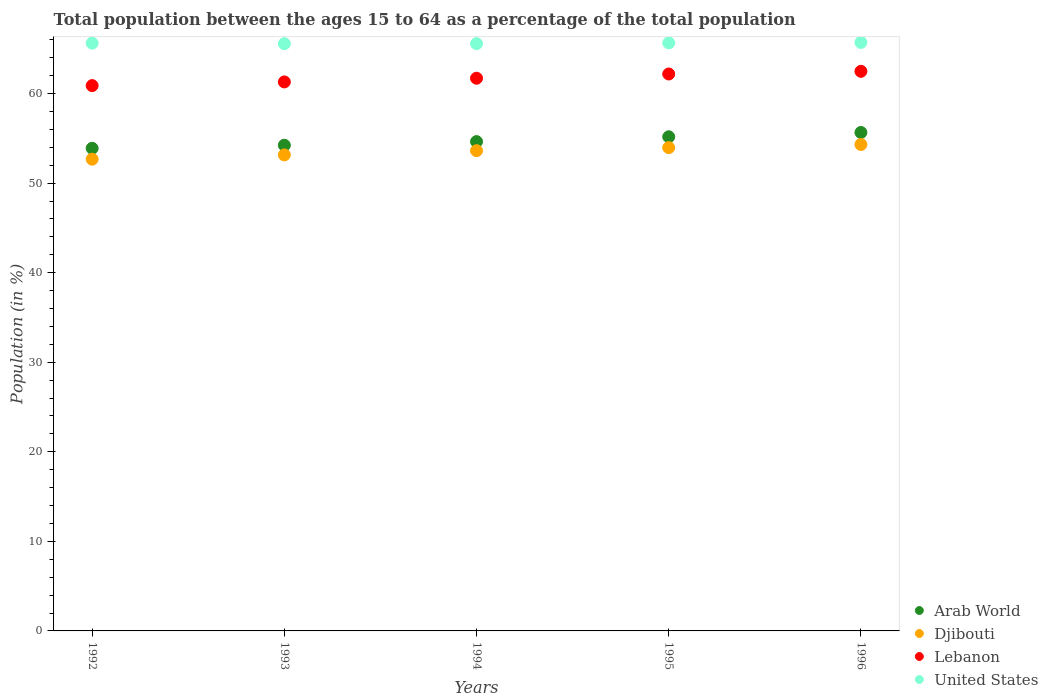
| Years | Arab World | Djibouti | Lebanon | United States |
 | --- | --- | --- | --- | --- |
 | 1992 | 53.9 | 52.7 | 60.9 | 65.6 |
 | 1993 | 54.2 | 53.2 | 61.3 | 65.6 |
 | 1994 | 54.6 | 53.6 | 61.7 | 65.6 |
 | 1995 | 55.2 | 54 | 62.2 | 65.7 |
 | 1996 | 55.7 | 54.3 | 62.5 | 65.7 |